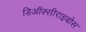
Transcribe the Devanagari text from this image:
डिऑक्सीराइबोस